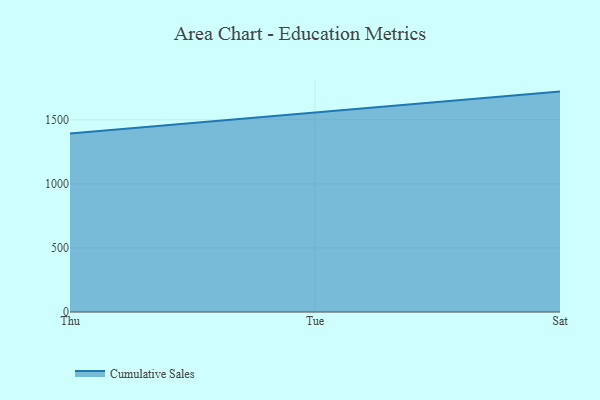
{"axis": {"x": "Day", "y": "Humidity (%)"}, "legend": ["Cumulative Sales"], "data": [{"x": "Thu", "y": 1394.0, "type": "Cumulative Sales"}, {"x": "Tue", "y": 1554.4, "type": "Cumulative Sales"}, {"x": "Sat", "y": 1720.2, "type": "Cumulative Sales"}]}